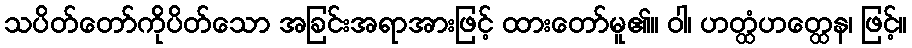
သပိတ်တော်ကိုပိတ်သော အခြင်းအရာအားဖြင့် ထားတော်မူ၏။ ဝါ၊ ဟတ္ထံဟတ္ထေန၊ ဖြင့်။